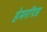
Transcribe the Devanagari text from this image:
हेमरॉएड